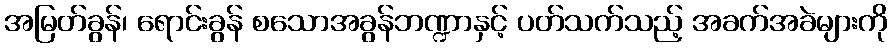
အမြတ်ခွန်၊ ရောင်းခွန် စသောအခွန်ဘဏ္ဍာနှင့် ပတ်သက်သည့် အခက်အခဲများကို